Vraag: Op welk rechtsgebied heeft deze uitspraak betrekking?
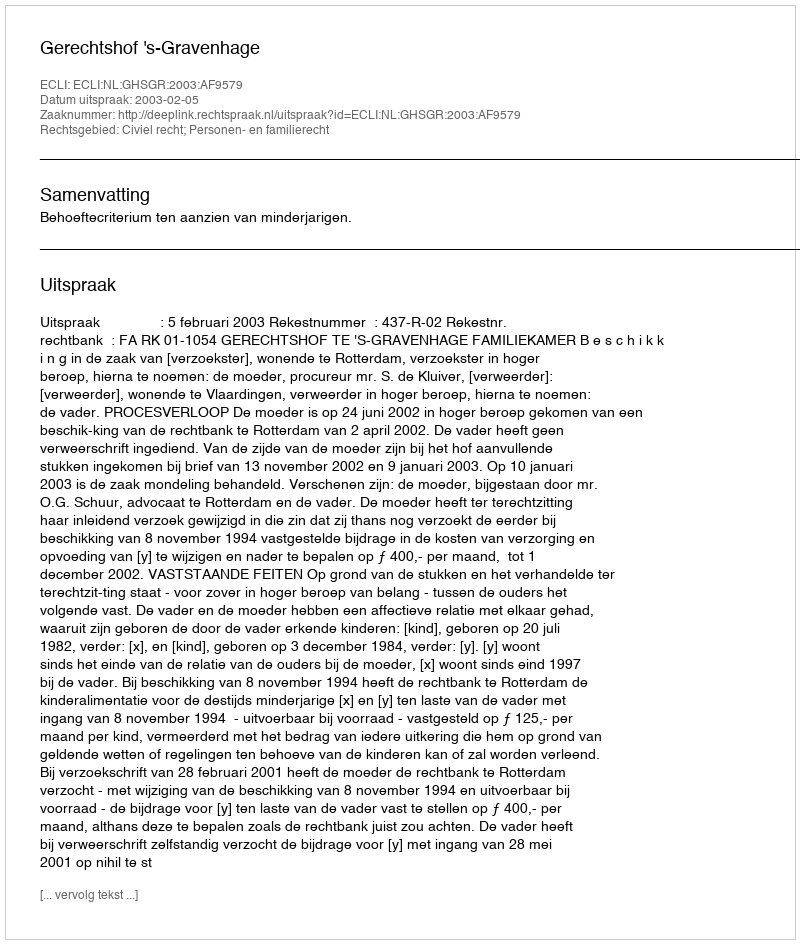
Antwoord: Civiel recht; Personen- en familierecht